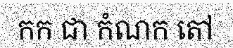
កក ជា កំណក តៅ